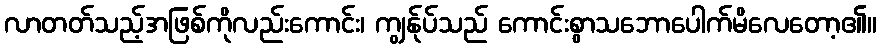
လာတတ်သည့်အဖြစ်ကိုလည်းကောင်း၊ ကျွန်ုပ်သည် ကောင်းစွာသဘောပေါက်မိလေတော့၏။